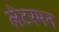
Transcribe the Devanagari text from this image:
लेटरमन